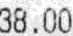
38.00